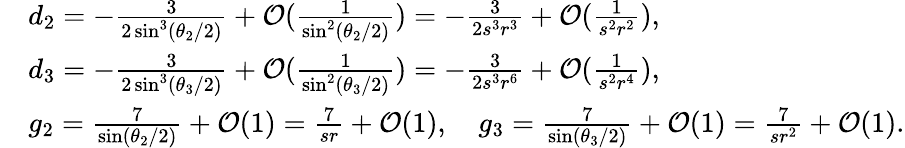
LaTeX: \begin{array}{rl}&{d_{2}=-\frac{3}{2\sin^{3}(\theta_{2}/2)}+\mathcal{O}(\frac{1}{\sin^{2}(\theta_{2}/2)})=-\frac{3}{2s^{3}r^{3}}+\mathcal{O}(\frac{1}{s^{2}r^{2}}),}\\ &{d_{3}=-\frac{3}{2\sin^{3}(\theta_{3}/2)}+\mathcal{O}(\frac{1}{\sin^{2}(\theta_{3}/2)})=-\frac{3}{2s^{3}r^{6}}+\mathcal{O}(\frac{1}{s^{2}r^{4}}),}\\ &{g_{2}=\frac{7}{\sin(\theta_{2}/2)}+\mathcal{O}(1)=\frac{7}{sr}+\mathcal{O}(1),\quad g_{3}=\frac{7}{\sin(\theta_{3}/2)}+\mathcal{O}(1)=\frac{7}{sr^{2}}+\mathcal{O}(1).}\end{array}